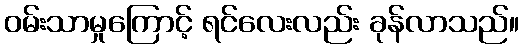
ဝမ်းသာမှုကြောင့် ရင်လေးလည်း ခုန်လာသည်။